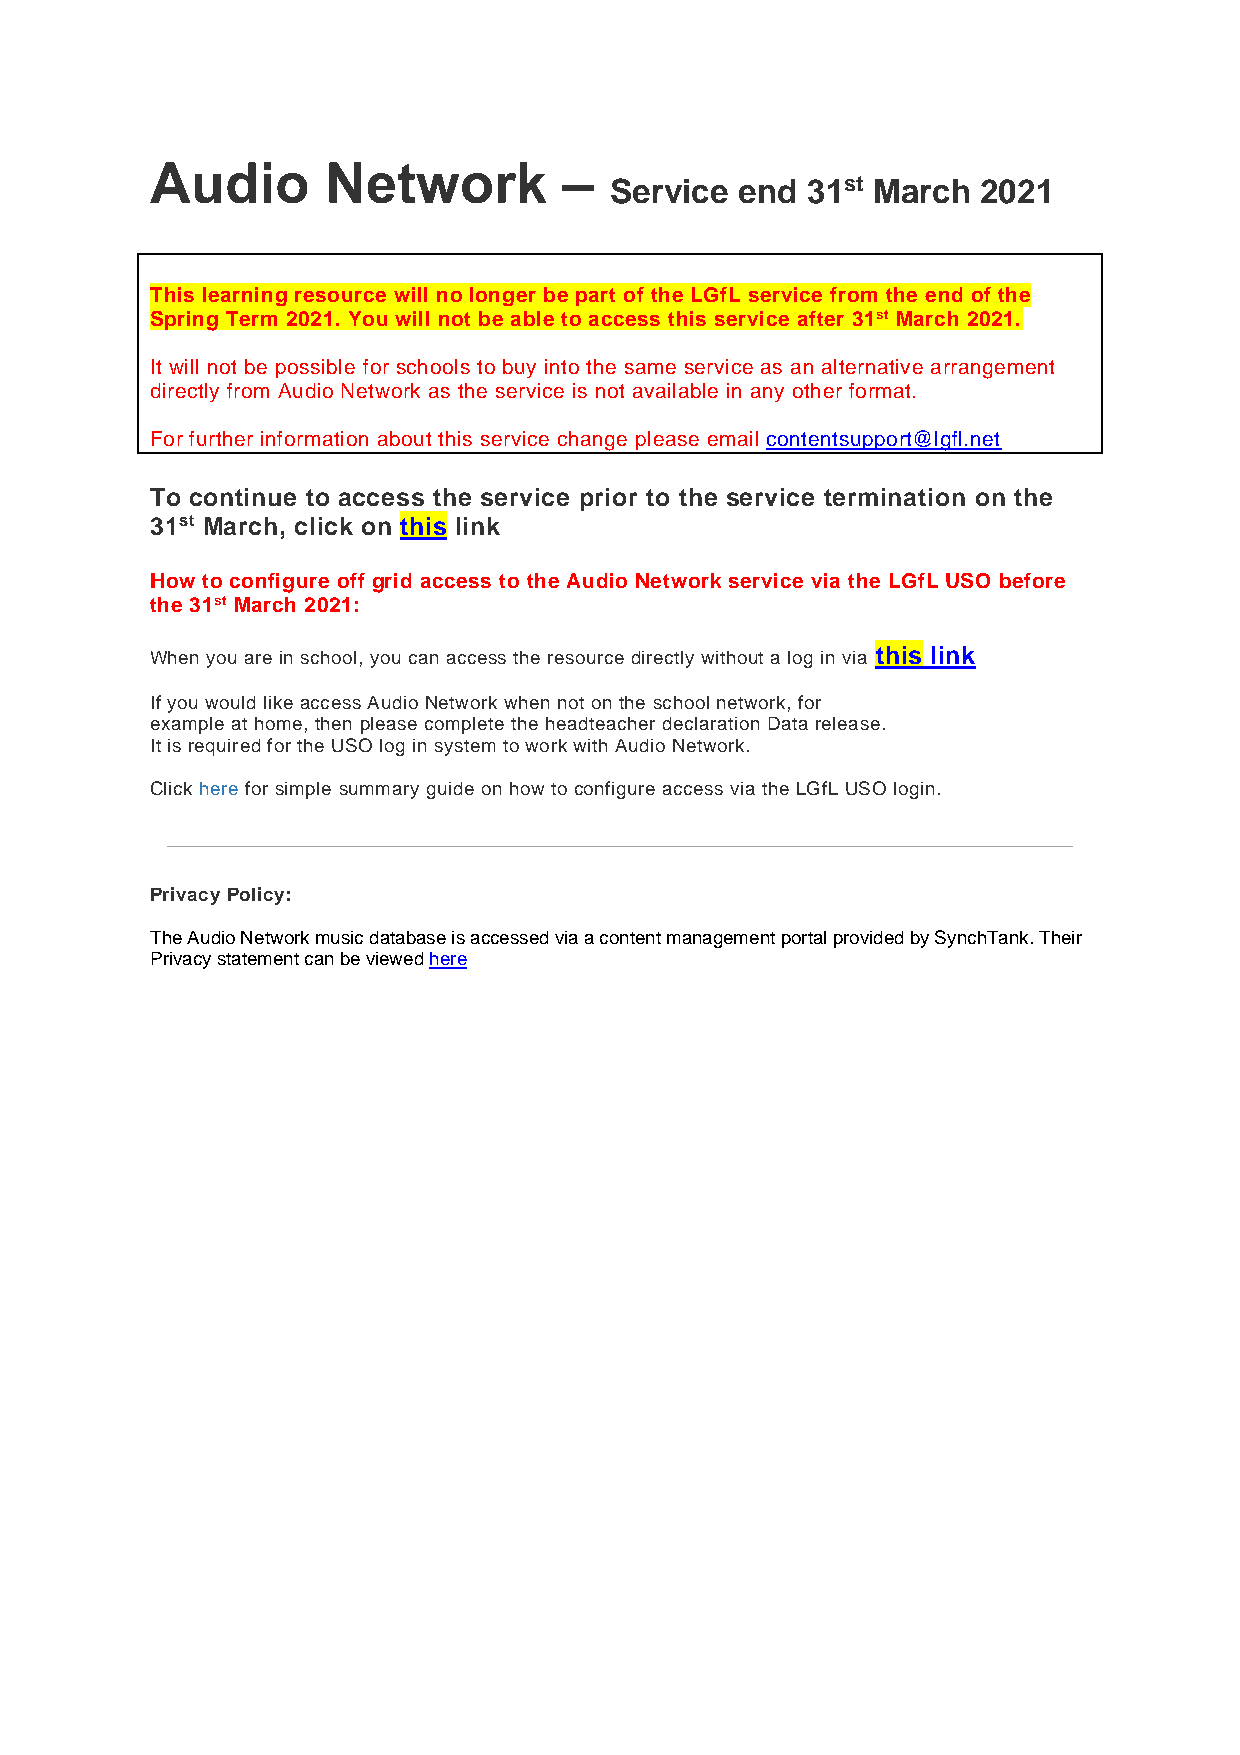
Audio       Network        –
 Service  end 31st March  2021
 This learning resource will no longer be part of the LGfL service from the end of the
 Spring Term 2021. You will not be able to access this service after 31st March 2021.
 It will not be possible for schools to buy into the same service as an alternative arrangement
 directly from Audio Network as the service is not available in any other format.
 For further information about this service change please email contentsupport@lgfl.net
 To continue to access the service prior to the service termination on the
 31st March, click on this link
 How to configure off grid access to the Audio Network service via the LGfL USO before
 the 31st March 2021:
 When you are in school, you can access the resource directly without a log in via this link
 If you would like access Audio Network when not on the school network, for
 example at home, then please complete the headteacher declaration Data release.
 It is required for the USO log in system to work with Audio Network.
 Click here for simple summary guide on how to configure access via the LGfL USO login.
 Privacy Policy:
 The Audio Network music database is accessed via a content management portal provided by SynchTank. Their
 Privacy statement can be viewed here